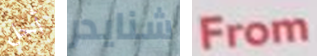
أجل شنايدر From